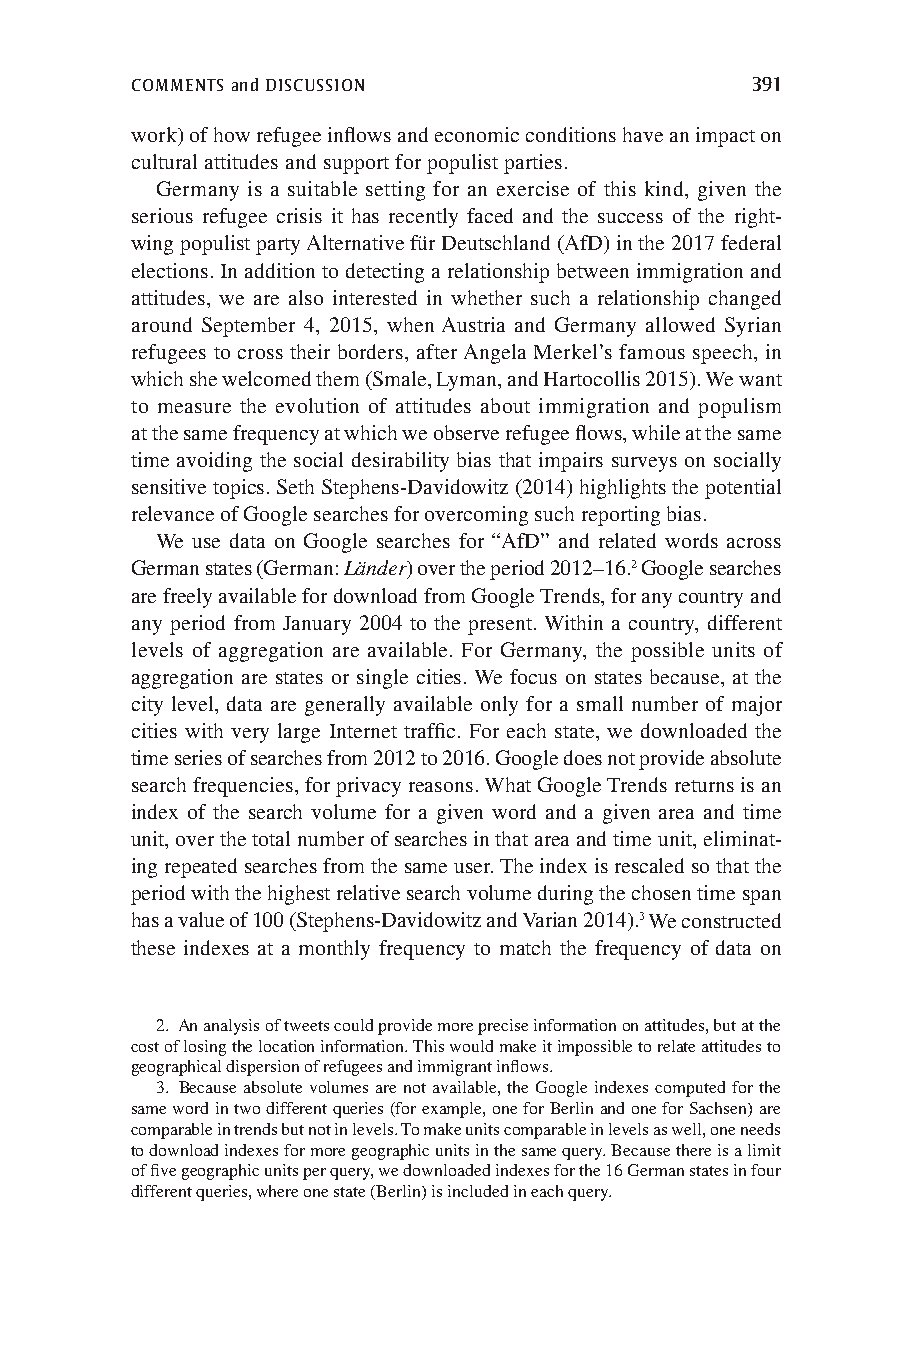
COMMENTS and DISCUSSION                  391
 work) of how refugee inflows and economic conditions have an impact on
 cultural attitudes and support for populist parties.
 Germany is a suitable setting for an exercise of this kind, given the
 serious refugee crisis it has recently faced and the success of the right-
 wing populist party Alternative für Deutschland (AfD) in the 2017 federal
 elections. In addition to detecting a relationship between immigration and
 attitudes, we are also interested in whether such a relationship changed
 around September 4, 2015, when Austria and Germany allowed Syrian
 refugees to cross their borders, after Angela Merkel’s famous speech, in
 which she welcomed them (Smale, Lyman, and Hartocollis 2015). We want
 to measure the evolution of attitudes about immigration and populism
 at the same frequency at which we observe refugee flows, while at the same
 time avoiding the social desirability bias that impairs surveys on socially
 sensitive topics. Seth Stephens-Davidowitz (2014) highlights the potential
 relevance of Google searches for overcoming such reporting bias.
 We use data on Google searches for “AfD” and related words across
 German states (German: Länder) over the period 2012–16.2 Google searches
 are freely available for download from Google Trends, for any country and
 any period from January 2004 to the present. Within a country, different
 levels of aggregation are available. For Germany, the possible units of
 aggregation are states or single cities. We focus on states because, at the
 city level, data are generally available only for a small number of major
 cities with very large Internet traffic. For each state, we downloaded the
 time series of searches from 2012 to 2016. Google does not provide absolute
 search frequencies, for privacy reasons. What Google Trends returns is an
 index of the search volume for a given word and a given area and time
 unit, over the total number of searches in that area and time unit, eliminat-
 ing repeated searches from the same user. The index is rescaled so that the
 period with the highest relative search volume during the chosen time span
 has a value of 100 (Stephens-Davidowitz and Varian 2014).3 We constructed
 these indexes at a monthly frequency to match the frequency of data on
 2. An analysis of tweets could provide more precise information on attitudes, but at the
 cost of losing the location information. This would make it impossible to relate attitudes to
 geographical dispersion of refugees and immigrant inflows.
 3. Because absolute volumes are not available, the Google indexes computed for the
 same word in two different queries (for example, one for Berlin and one for Sachsen) are
 comparable in trends but not in levels. To make units comparable in levels as well, one needs
 to download indexes for more geographic units in the same query. Because there is a limit
 of five geographic units per query, we downloaded indexes for the 16 German states in four
 different queries, where one state (Berlin) is included in each query.